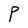
Character: P